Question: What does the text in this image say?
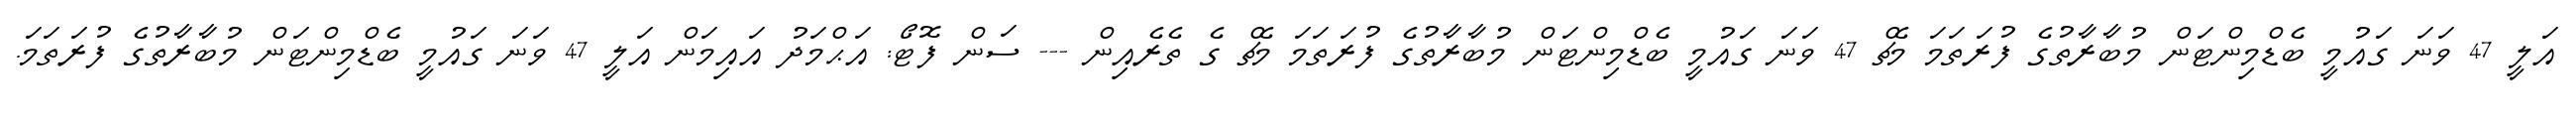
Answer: އަލީ 47 ވަނަ ގައުމީ ބެޑްމިންޓަން މުބާރާތުގެ ފުރަތަމަ މެޗް 47 ވަނަ ގައުމީ ބެޑްމިންޓަން މުބާރާތުގެ ފުރަތަމަ މެޗް ގެ ތެރެއިން --- ސަން ފޮޓޯ: އަޙްމަދު އައިމަން އަލީ 47 ވަނަ ގައުމީ ބެޑްމިންޓަން މުބާރާތުގެ ފުރަތަމަ.